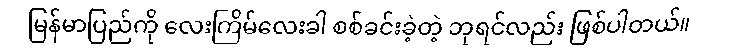
မြန်မာပြည်ကို လေးကြိမ်လေးခါ စစ်ခင်းခဲ့တဲ့ ဘုရင်လည်း ဖြစ်ပါတယ်။